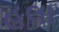
હલા